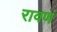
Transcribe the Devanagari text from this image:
रावणं